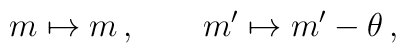
m\mapsto m\,,\qquad m'\mapsto m'-\theta\,,